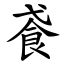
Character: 䬥